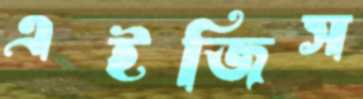
এইজিস